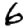
Digit: 6